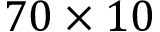
7 0 \times 1 0